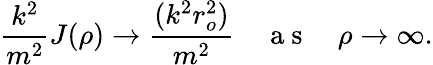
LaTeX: \frac{k^{2}}{m^{2}}J(\rho)\to\frac{(k^{2}r_{o}^{2})}{m^{2}}\quad\mathrm{~a~s~}\quad\rho\to\infty.